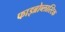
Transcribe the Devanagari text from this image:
फाइब्रोब्लास्टिक